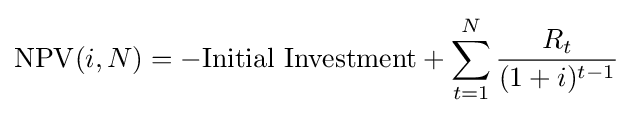
\mathrm {NPV} (i,N)=-{\text{Initial Investment}}+\sum _{t=1}^{N}{\frac {R_{t}}{(1+i)^{t-1}}}